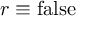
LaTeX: r \equiv \mathrm { f a l s e }